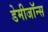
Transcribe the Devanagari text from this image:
डेमीजॉन्स